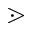
\gtrdot